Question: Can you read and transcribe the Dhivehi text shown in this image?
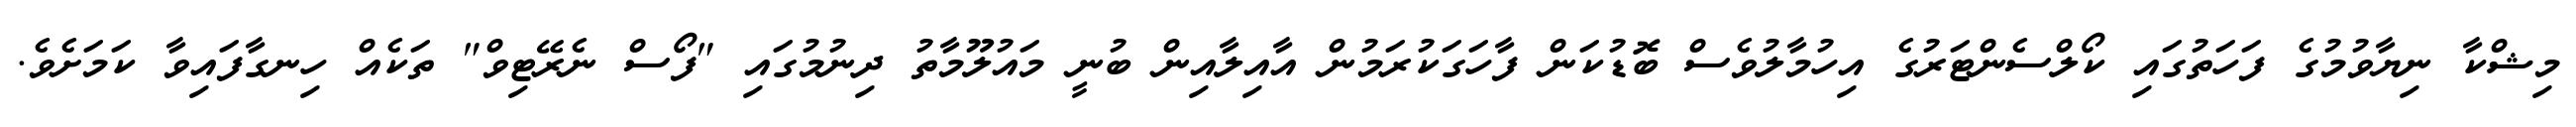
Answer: މިޝްކާ ނިޔާވުމުގެ ފަހަތުގައި ކޯލްސެންޓަރުގެ އިހުމާލުވެސް ބޮޑުކަން ފާހަގަކުރަމުން އާއިލާއިން ބުނީ މައުލޫމާތު ދިނުމުގައި "ފޯސް ނެރޭޓިވް" ތަކެއް ހިނގާފައިވާ ކަމަށެވެ.